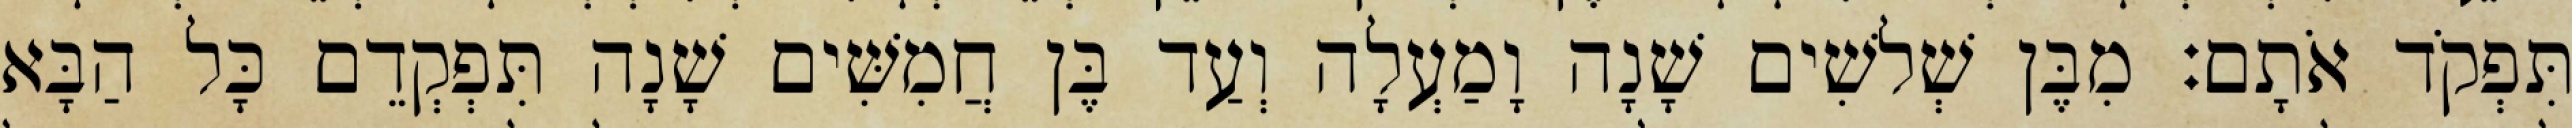
תִּפְקֹד אֹתָם׃ מִבֶּן שְׁלשִׁים שָׁנָה וָמַעְלָה וְעַד בֶּן חֲמִשִּׁים שָׁנָה תִּפְקְדֵם כָּל הַבָּא